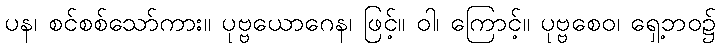
ပန၊ စင်စစ်သော်ကား။ ပုဗ္ဗယောဂေန၊ ဖြင့်။ ဝါ၊ ကြောင့်။ ပုဗ္ဗစေဝ၊ ရှေ့ဘဝ၌